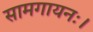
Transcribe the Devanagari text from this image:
सामगायनः।